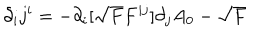
\partial _ { i } j ^ { i } = - \partial _ { i } [ \sqrt { F } F ^ { i j } ] \partial _ { j } A _ { 0 } - \sqrt { F }